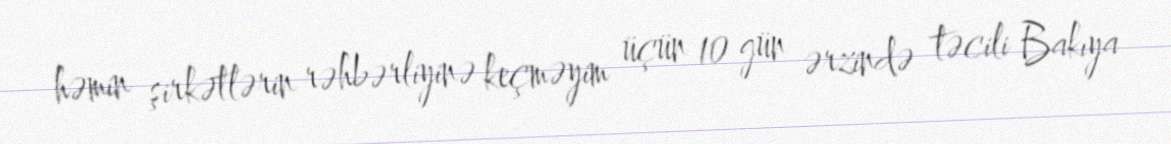
həmin şirkətlərin rəhbərliyinə keçməyim üçün 10 gün ərzində təcili Bakıya